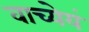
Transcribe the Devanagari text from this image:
वाच्येयं